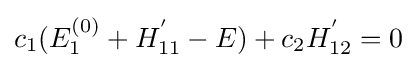
{{c}_{1}}(E_{1}^{(0)}+H_{11}^{'}-E)+{{c}_{2}}H_{12}^{'}=0